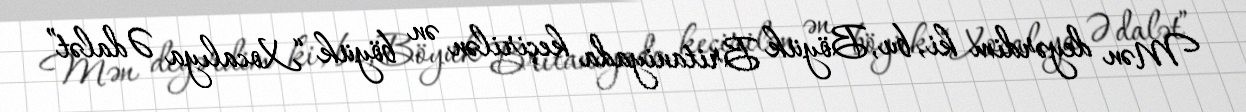
Mən deyərdim ki, bu, Böyük Britaniyada keçirilən ən böyük “Xocalıya Ədalət”